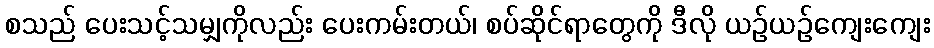
စသည် ပေးသင့်သမျှကိုလည်း ပေးကမ်းတယ်၊ စပ်ဆိုင်ရာတွေကို ဒီလို ယဉ်ယဉ်ကျေးကျေး